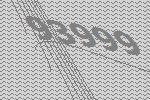
93999